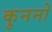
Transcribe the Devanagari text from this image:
कुननों